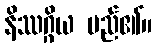
နိဿဂ္ဂိယ မည်၏။